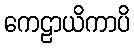
ကေဠာယိကာပိ